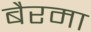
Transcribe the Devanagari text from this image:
बैरमा